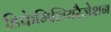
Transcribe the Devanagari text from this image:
डिफेमिलियरैज़ेशन